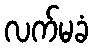
လက်မခံ